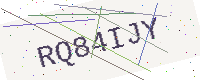
Text: RQ84IJY